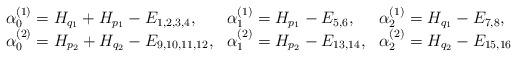
LaTeX: \begin{align*}\begin{array}{lll}\alpha_0^{(1)}=H_{q_1}+H_{p_1}-E_{1,2,3,4}, &\alpha_1^{(1)}=H_{p_1}-E_{5,6}, &\alpha_2^{(1)}=H_{q_1}-E_{7,8}, \\\alpha_0^{(2)}=H_{p_2}+H_{q_2}-E_{9,10,11,12},&\alpha_1^{(2)}=H_{p_2}-E_{13,14}, &\alpha_2^{(2)}=H_{q_2}-E_{15,16}\end{array}\end{align*}